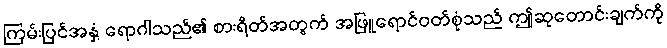
ကြမ်းပြင်အနှံ့ ရောဂါသည်၏ စားရိတ်အတွက် အဖြူရောင်ဝတ်စုံသည် ဤဆုတောင်းချက်ကို